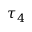
\tau _ { 4 }